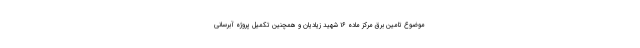
موضوع تامین برق مرکز ماده ۱۶ شهید زیادیان و همچنین تکمیل پروژه آبرسانی